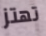
تهتز